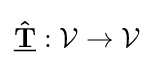
{\underline {\mathbf {\hat {T}} }}:{\mathcal {V}}\rightarrow {\mathcal {V}}